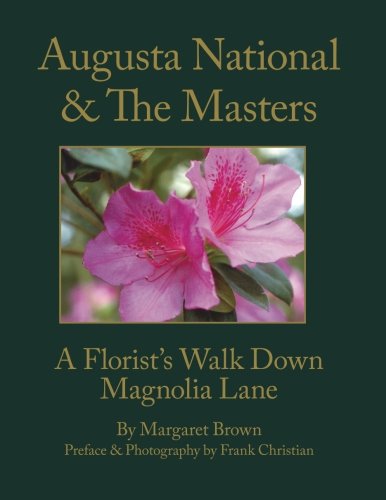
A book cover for Augusta National & The Masters: A Florist's Walk Down Magnolia Lane; Margaret Brown; Crafts, Hobbies & Home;